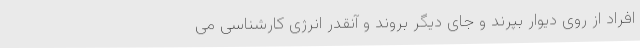
افراد از روی دیوار بپرند و جای دیگر بروند و آنقدر انرژی کارشناسی می